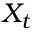
X _ { t }